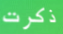
ذكرت